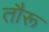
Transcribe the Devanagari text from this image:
तौरू